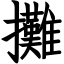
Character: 攤